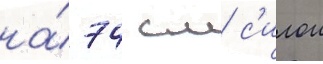
на́ 74 см с'илои